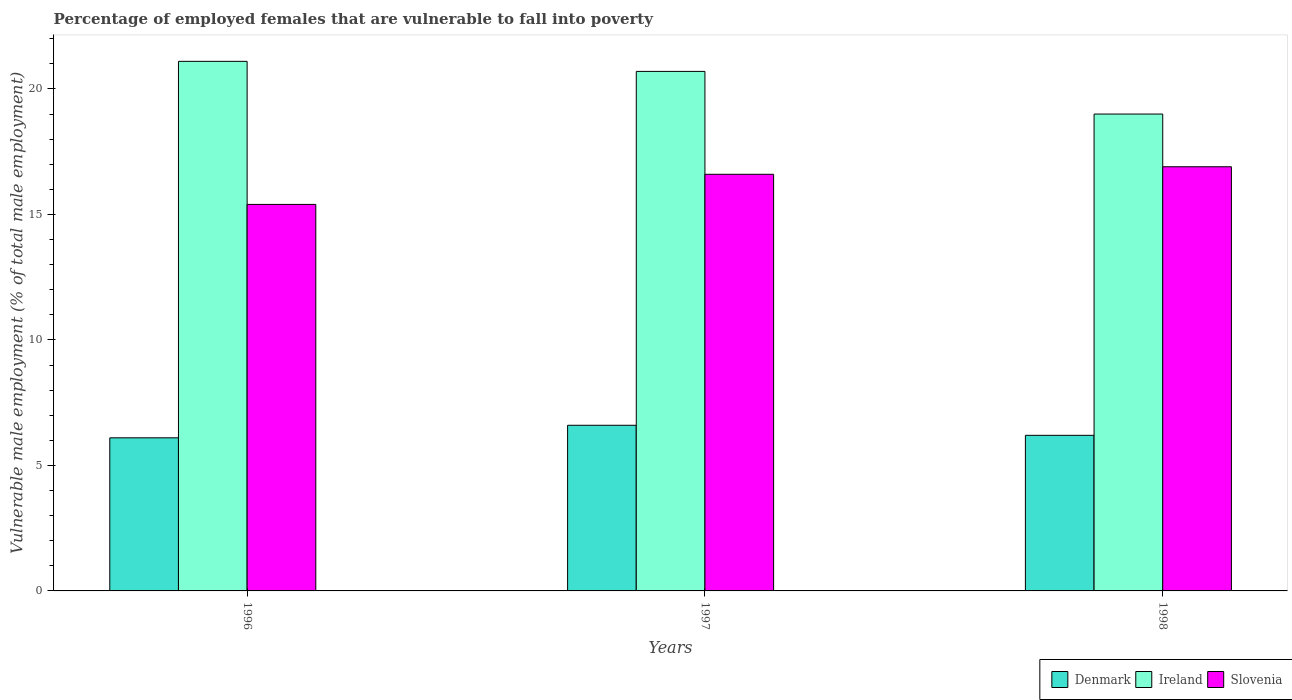
| Years | Denmark | Ireland | Slovenia |
 | --- | --- | --- | --- |
 | 1996 | 6.1 | 21.1 | 15.4 |
 | 1997 | 6.6 | 20.7 | 16.6 |
 | 1998 | 6.2 | 19 | 16.9 |